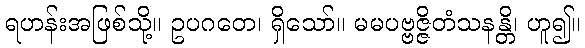
ရဟန်းအဖြစ်သို့။ ဥပဂတေ၊ ရှိသော်။ မမပဗ္ဗဇ္ဇိတံသနန္တိ၊ ဟူ၍။